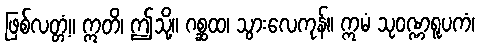
ဖြစ်လတ္တံ့။ ဣတိ၊ ဤသို့။ ဂစ္ဆထ၊ သွားလေကုန်။ ဣမံ သုဝဏ္ဏရူပကံ၊